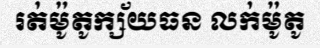
រត់ម៉ូតូក្ស័យធន លក់ម៉ូតូ